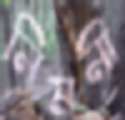
নিমনী